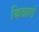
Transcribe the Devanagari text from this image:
किन्नार्ड